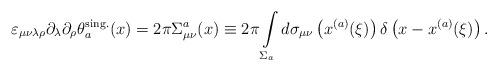
LaTeX: \begin{align*}\varepsilon_{\mu\nu\lambda\rho}\partial_\lambda\partial_\rho\theta_a^{\rm sing.}(x)=2\pi\Sigma_{\mu\nu}^a(x)\equiv2\pi\int\limits_{\Sigma_a}^{}d\sigma_{\mu\nu}\left(x^{(a)}(\xi)\right)\delta\left(x-x^{(a)}(\xi)\right).\end{align*}